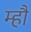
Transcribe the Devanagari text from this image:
म्हौं